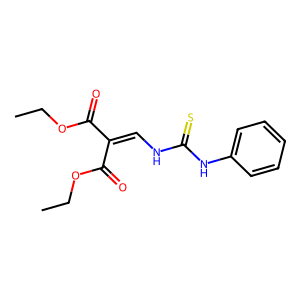
SMILES: CCOC(=O)C(=CNC(=S)Nc1ccccc1)C(=O)OCC
Inhibits HIV replication: No